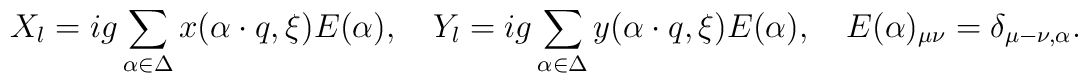
X_l=ig\sum_{\alpha\in\Delta}x(\alpha\cdot    q, \xi)E(\alpha),\quad   	Y_l=ig\sum_{\alpha\in\Delta}y(\alpha\cdot    q, \xi)E(\alpha),\quad   	E(\alpha)_{\mu \nu}=\delta_{\mu-\nu,\alpha}.